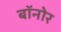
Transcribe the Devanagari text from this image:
बॉनोर